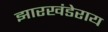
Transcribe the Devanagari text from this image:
झारखंडेराय